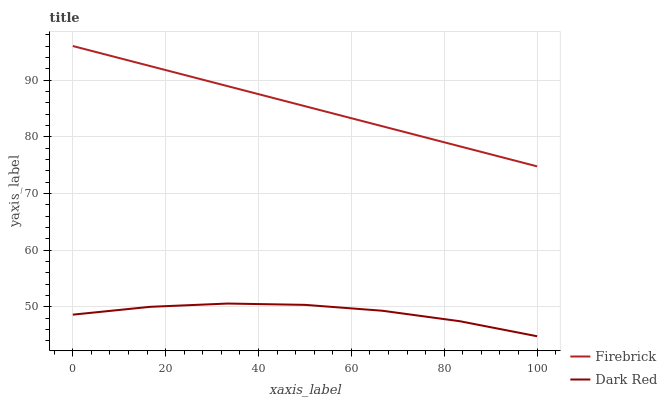
| xaxis_label | Firebrick | Dark Red |
 | --- | --- | --- |
 | 0 | 96 | 48.6 |
 | 16.7 | 92.5 | 50 |
 | 33.3 | 88.9 | 50.6 |
 | 50 | 85.4 | 50.4 |
 | 66.7 | 81.9 | 49.3 |
 | 83.3 | 78.3 | 47.5 |
 | 100 | 74.8 | 44.8 |